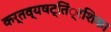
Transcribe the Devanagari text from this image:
कर्तव्यषट्तिं्रशिका